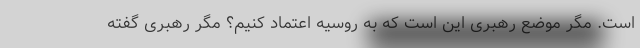
است. مگر موضع رهبری این است که به روسیه اعتماد کنیم؟ مگر رهبری گفته